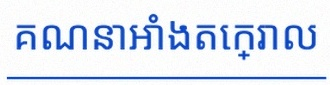
គណនាអាំងតេក្រាល